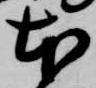
本